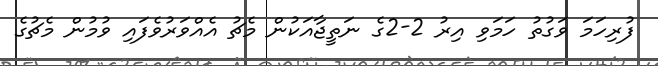
ފުރިހަމަ ވަގުތު ހަމަވި އިރު 2-2ގެ ނަތީޖާއަކުން މެޗު އެއްވަރުވެފައި ވުމުން މެޗުގެ